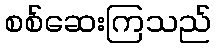
စစ်ဆေးကြသည်